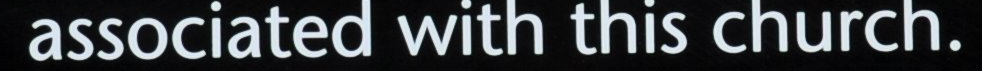
associated with this church.